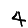
Digit: 4